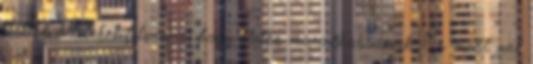
voltak hiteleket felvenni, hogy életbe maradhassanak. És most azt